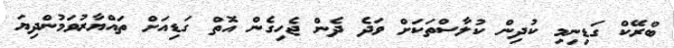
ބްރޭކް ގަޑިނިމި ކުދިން ކުލާސްތަކަށް ވަދެ ދެން ޖެހިގެން އޮތް ގަޑިއަށް ތައްޔާރުވަމުންދިޔަ